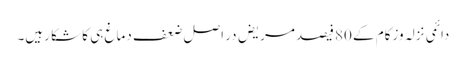
دائمی نزلہ وزکام کے 80فیصد مریض در اصل ضعف دماغ ہی کا شکا رہیں۔